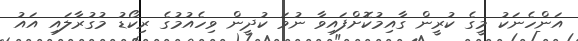
އަންހެނަކު މީގެ ކުރީން ގާއިމުކޮށްފައިވާ ނުވަ ކުދީން ވިހެއުމުގެ ރިކޯޑު މުގުރާލައި އައު